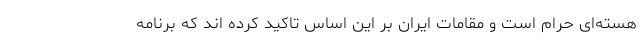
هسته‌ای حرام است و مقامات ایران بر این اساس تاکید کرده اند که برنامه